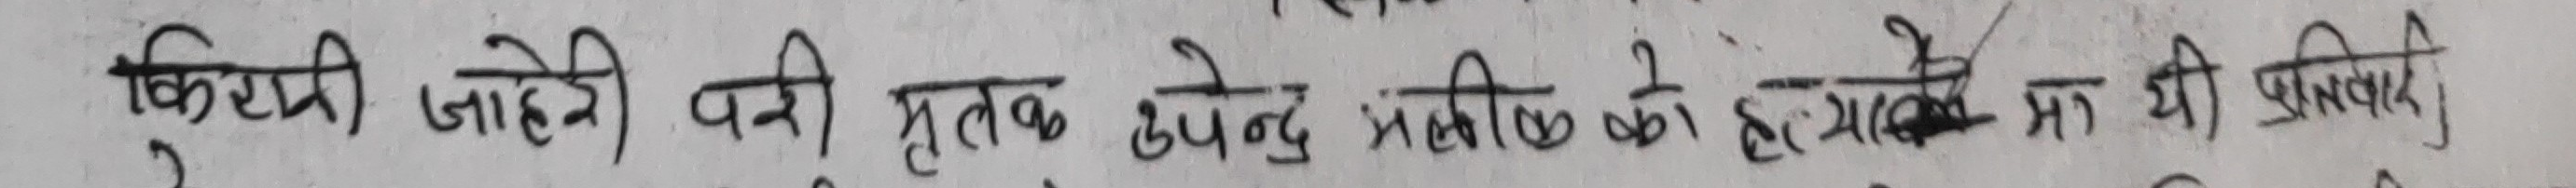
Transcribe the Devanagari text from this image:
किसिमी जोहेरी परी मृतक्क उपेन्द्र भलीको हत्याको मा यी प्रतिभाद